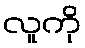
လူကို